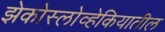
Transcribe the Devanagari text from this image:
झेकोस्लोव्हेकियातील